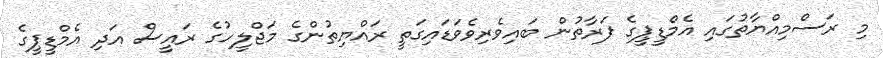
މި ރަސްމިއްޔާތުގައި އެމްޑީޕީގެ ފަރާތުން ބައިވެރިވެވަޑައިގަތީ ރައްޔިތުންގެ މަޖްލީހުގެ ރައީސް އަދި އެމްޑީޕީގެ